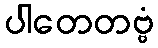
ပါတေတဗ္ဗံ